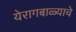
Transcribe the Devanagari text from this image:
येरागबाळ्याचे